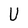
Character: U